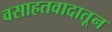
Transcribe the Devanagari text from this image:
वसाहतवादातून